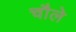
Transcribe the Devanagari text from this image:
चौले